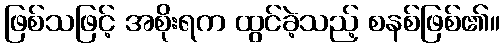
ဖြစ်သဖြင့် အစိုးရက ထွင်ခဲ့သည့် စနစ်ဖြစ်၏။